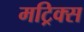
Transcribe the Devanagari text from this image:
मट्रिक्स